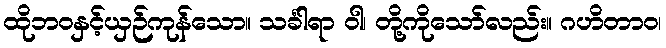
ထိုဘဝနှင့်ယှဉ်ကုန်သော။ သင်္ခါရာ ဝါ၊ တို့ကိုသော်လည်း။ ဂဟိတာဝ၊